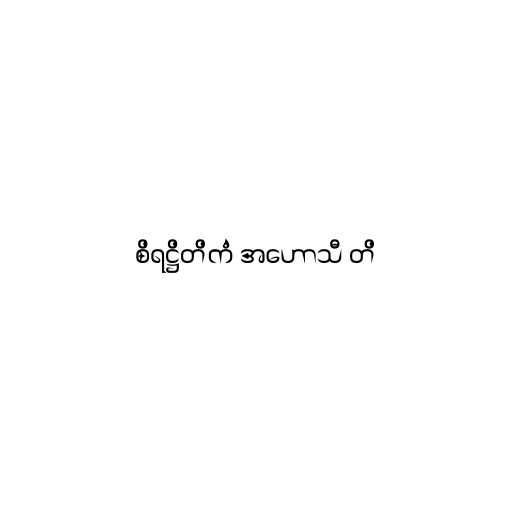
စိရဋ္ဌိတိကံ အဟောသီ တိ